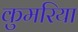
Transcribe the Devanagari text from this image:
कुमरिया